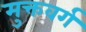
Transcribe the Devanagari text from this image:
मुक्तवर्ग